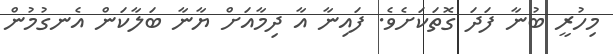
މިހުރީ ބުނާ ފަދަ ގޮތަކަށެވެ. ފައިނާ އާ ދިމާއަށް ޔާނާ ބަލާކަން އެނގުމުން